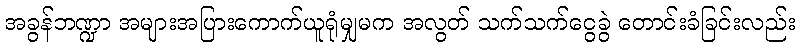
အခွန်ဘဏ္ဍာ အများအပြားကောက်ယူရုံမျှမက အလွတ် သက်သက်ငွေခွဲ တောင်းခံခြင်းလည်း